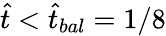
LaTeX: \hat{t}<\hat{t}_{bal}=1/8